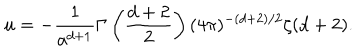
LaTeX: u = - { \frac { 1 } { a ^ { d + 1 } } } \Gamma \left( { \frac { d + 2 } { 2 } } \right) ( 4 \pi ) ^ { - ( d + 2 ) / 2 } \zeta ( d + 2 ) .